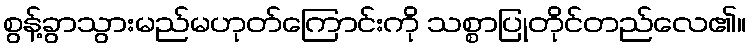
စွန့်ခွာသွားမည်မဟုတ်ကြောင်းကို သစ္စာပြုတိုင်တည်လေ၏။